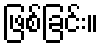
ဖြစ်ခြင်း။